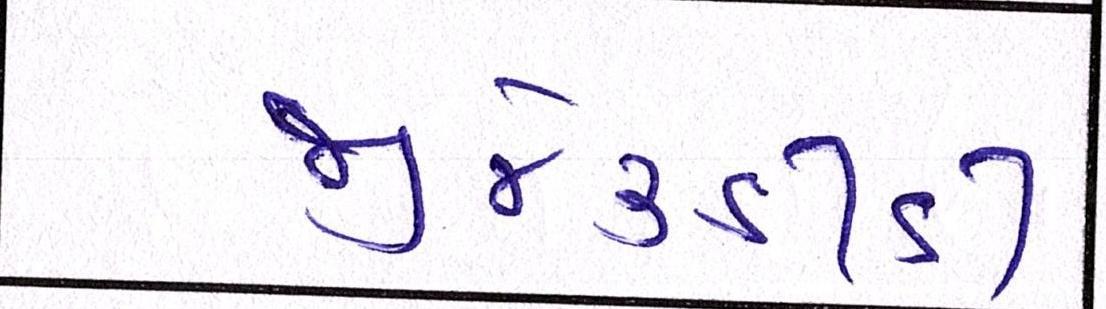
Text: જીજે૩ડીડી